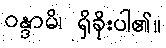
ဝန္ဒာမိ၊ ရှိခိုးပါ၏။